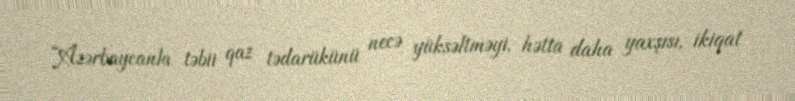
“Azərbaycanla təbii qaz tədarükünü necə yüksəltməyi, hətta daha yaxşısı, ikiqat